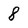
Character: 8